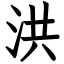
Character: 洪